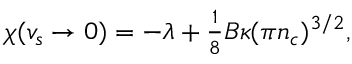
\begin{array} { r } { \chi ( v _ { s } \to 0 ) = - \lambda + \frac { 1 } { 8 } B \kappa ( \pi n _ { c } ) ^ { 3 / 2 } , } \end{array}